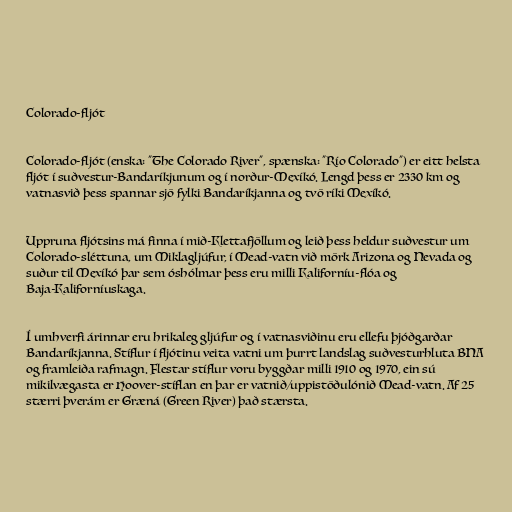
Colorado-fljót

Colorado-fljót (enska: "The Colorado River", spænska: "Río Colorado") er eitt helsta
fljót í suðvestur-Bandaríkjunum og í norður-Mexíkó. Lengd þess er 2330 km og
vatnasvið þess spannar sjö fylki Bandaríkjanna og tvö ríki Mexíkó.

Uppruna fljótsins má finna í mið-Klettafjöllum og leið þess heldur suðvestur um
Colorado-sléttuna, um Miklagljúfur, í Mead-vatn við mörk Arizona og Nevada og
suður til Mexíkó þar sem óshólmar þess eru milli Kaliforníu-flóa og
Baja-Kaliforníuskaga.

Í umhverfi árinnar eru hrikaleg gljúfur og í vatnasviðinu eru ellefu þjóðgarðar
Bandaríkjanna. Stíflur í fljótinu veita vatni um þurrt landslag suðvesturhluta BNA
og framleiða rafmagn. Flestar stíflur voru byggðar milli 1910 og 1970, ein sú
mikilvægasta er Hoover-stíflan en þar er vatnið/uppistöðulónið Mead-vatn. Af 25
stærri þverám er Græná (Green River) það stærsta.